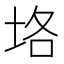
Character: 垎